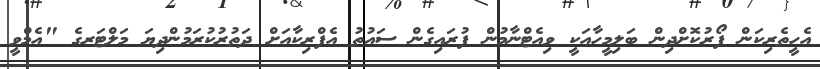
އެހީތެރިކަން ފޯރުކޮށްދިން ބަލިމީހާއަކީ ވިއެޓްނާމުން ފުރައިގެން ސައުތު އެފްރިކާއަށް ދަތުރުކުރަމުންދިޔަ މަލްޓަރގެ "އެމްވީ